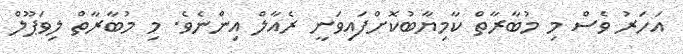
އަހަރު ވެސް މި މުބާރާތް ކާމިޔާބުކޮށްފައިވަނީ ރެއާލް އިންނެވެ. މި މުބާރާތް ލިވަޕޫލް